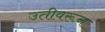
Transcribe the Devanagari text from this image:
उतीवरून